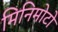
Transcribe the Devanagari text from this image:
मिनिमोटो